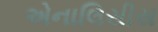
એનાલિસીસ